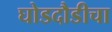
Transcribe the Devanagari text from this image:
घोडदौडीचा